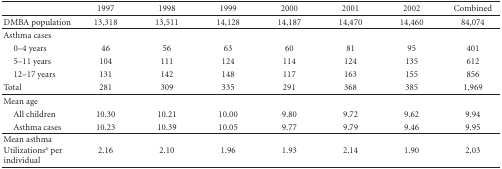
<table><thead><tr><td></td><td><b>1997</b></td><td><b>1998</b></td><td><b>1999</b></td><td><b>2000</b></td><td><b>2001</b></td><td><b>2002</b></td><td><b>Combined</b></td></tr></thead><tbody><tr><td>DMBA population</td><td>13,318</td><td>13,511</td><td>14,128</td><td>14,187</td><td>14,470</td><td>14,460</td><td>84,074</td></tr><tr><td>Asthma cases</td><td></td><td></td><td></td><td></td><td></td><td></td><td></td></tr><tr><td> 0–4 years</td><td>46</td><td>56</td><td>63</td><td>60</td><td>81</td><td>95</td><td>401</td></tr><tr><td> 5–11 years</td><td>104</td><td>111</td><td>124</td><td>114</td><td>124</td><td>135</td><td>612</td></tr><tr><td> 12–17 years</td><td>131</td><td>142</td><td>148</td><td>117</td><td>163</td><td>155</td><td>856</td></tr><tr><td>Total</td><td>281</td><td>309</td><td>335</td><td>291</td><td>368</td><td>385</td><td>1,969</td></tr><tr><td>Mean age</td><td></td><td></td><td></td><td></td><td></td><td></td><td></td></tr><tr><td> All children</td><td>10.30</td><td>10.21</td><td>10.00</td><td>9.80</td><td>9.72</td><td>9.62</td><td>9.94</td></tr><tr><td> Asthma cases</td><td>10.23</td><td>10.39</td><td>10.05</td><td>9.77</td><td>9.79</td><td>9.46</td><td>9.95</td></tr><tr><td>Mean asthma Utilizations<sup>a</sup> per individual</td><td>2.16</td><td>2.10</td><td>1.96</td><td>1.93</td><td>2.14</td><td>1.90</td><td>2.03</td></tr></tbody></table>